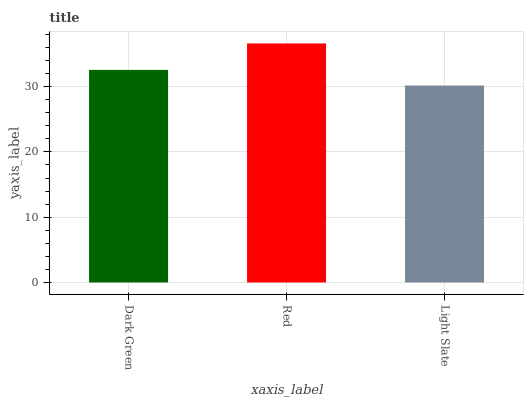
| xaxis_label | bars |
 | --- | --- |
 | Dark Green | 32.6 |
 | Red | 36.6 |
 | Light Slate | 30.2 |